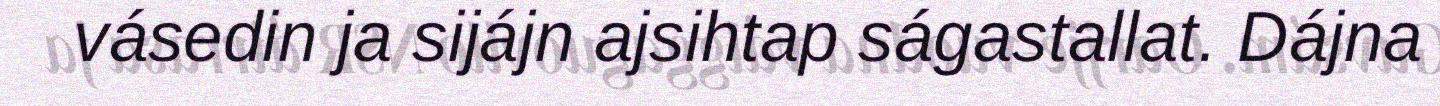
vásedin ja sijájn ajsihtap ságastallat. Dájna